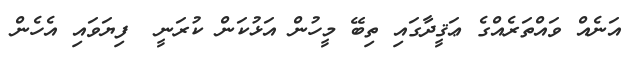
އަނެއް ވައްތަރެއްގެ ޢަޤީދާގައި ތިބޭ މީހުން އަޅުކަން ކުރަނީ  ފިޔަވައި އެހެން